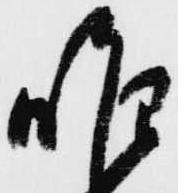
唯